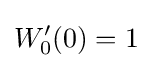
W'_{0}(0)=1